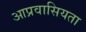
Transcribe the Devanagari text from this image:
आप्रवासियता